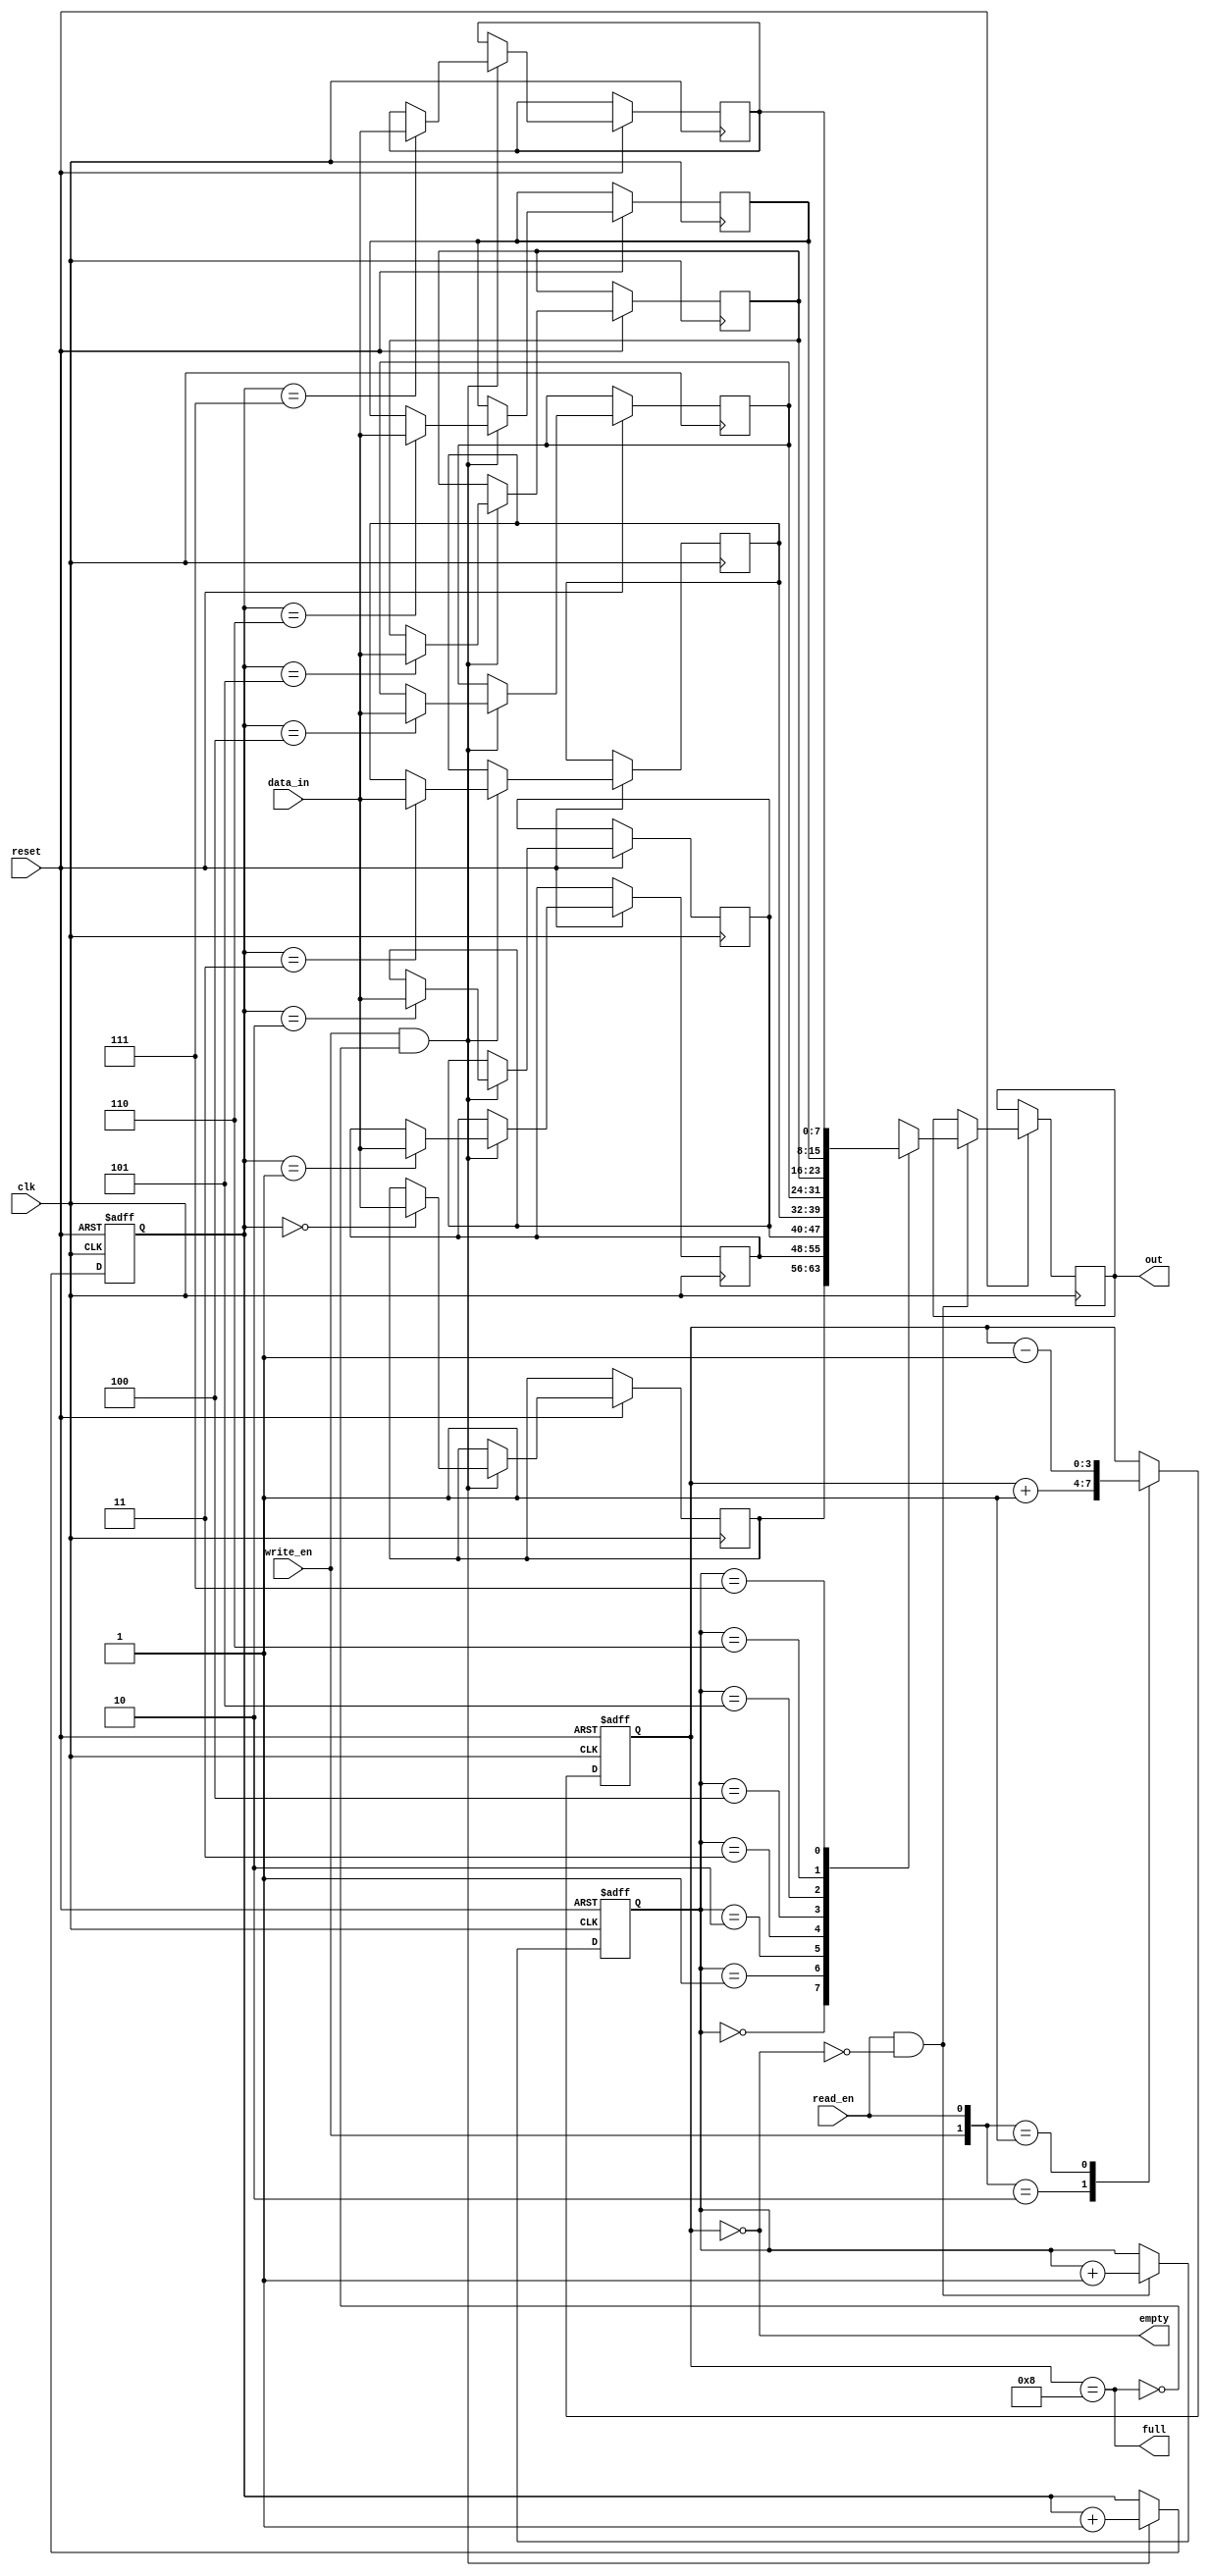
module syncfifo(
                clk                                                     ,//input clk
                reset                                                   ,//input reset
                write_en                                                ,//input write enable
                read_en                                                 ,//input read enable
                data_in                                                 ,//input data
                full                                                    ,//output if the memory is full 
                empty                                                   ,//output if the memory is empty
                out                                                      //output out
                )                                                       ;

//port declarations
input            clk,reset,write_en,read_en                             ;
input      [7:0] data_in                                                ;
output           full,empty                                             ;
output reg [7:0] out                                                    ;

//reg declarations
reg [7:0] memory_vec   [0:7]                                            ;//memory of 8 * 8 
reg [2:0] write_pointer                                                 ;//write pointer
reg [2:0] read_pointer                                                  ;//read pointer
reg [3:0] count                                                         ;

assign full  = (count == 8    )                                         ;//assign full to 8
assign empty = (count == 4'b0 )                                         ;

/*reset the write pointer to 0 if active low reset and when write enable is 1 & the stack is not full the carryout the write and increment pointer operation*/
always @ (posedge clk or negedge reset)
   begin
      if(!reset)
         begin
            write_pointer <= 3'b0                                       ;//reset write pointer
         end
      else
         begin
            if(write_en == 1 && !full)
               begin
                  memory_vec   [write_pointer] <=  data_in              ;//data is written to the pointer location
                  write_pointer                <=  write_pointer + 1'b1 ;//increment pointer
               end
         end
    end

/*reset the write pointer to 0 if active low reset and when write enable is 1 & the stack is not full the carryout the write and increment pointer operation*/
always @ (posedge clk or negedge reset)
   begin
      if(!reset)
         begin
            read_pointer <= 3'b0                                        ;//reset read pointer
         end
      else
         begin
            if(read_en == 1 && !empty)
               begin
                  out          <=  memory_vec[read_pointer]             ;//data is read from the pointer location
                  read_pointer <=  read_pointer + 1'b1                  ;//increment read pointer
               end
         end
    end

/*reset the count to 0 if active low reset. When write_en = 1 and read_en = 0 then count is incremented. write_en = 0 and read_en = 1 then count is decremented*/
  always @(posedge clk or negedge reset)
   begin
      if(!reset)
         count <= 4'b0                                                  ;//reset count
      else
         begin
            case({write_en,read_en})
               2'b10  :  count <=  count + 1'b1                         ;//increment count
               2'b01  :  count <=  count - 1'b1                         ;//decrement count
               default:  count <=  count                                ;//default
            endcase 
         end
   end
endmodule